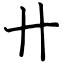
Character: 卄